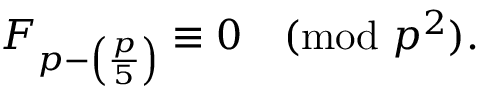
F _ { p - \left( { \frac { p } { 5 } } \right) } \equiv 0 { \pmod { p ^ { 2 } } } .